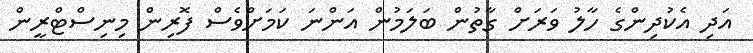
އަދި އެކުދިންގެ ހާލު ވަރަށް ގާތުން ބަލަމުން އަންނަ ކަމަށްވެސް ފޮރިން މިނިސްޓްރީން